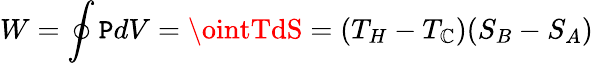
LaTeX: W=\oint\mathtt{P}dV=\ointTdS=(T_{H}-T_{\mathbb{C}})(S_{B}-S_{A})